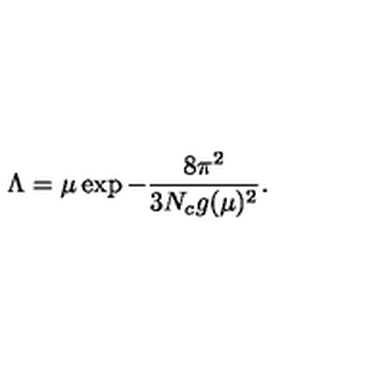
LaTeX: \Lambda = \mu \exp - \frac { 8 \pi ^ { 2 } } { 3 N _ { c } g ( \mu ) ^ { 2 } } .